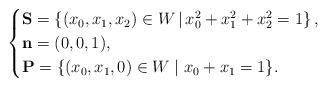
\begin{align*}\begin{cases}\mathbf{S} = \left\{ (x_0, x_1, x_2) \in W\, | \, x_0^2 + x_1^2 + x_2^2 = 1 \right\},\\\mathbf{n} = (0, 0, 1), \\ \mathbf{P} = \{ (x_0, x_1, 0) \in W \mid x_0 + x_1 = 1 \}.\end{cases}\end{align*}